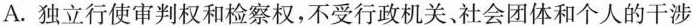
A.独立行使审判权和检察权，不受行政机关、社会团体和个人的干涉